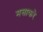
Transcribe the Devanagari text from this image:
मसाकरे